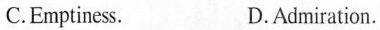
C.Emptiness. D.Admiration.